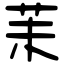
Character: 苿